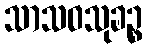
သာသဝသုခဉ္စ